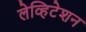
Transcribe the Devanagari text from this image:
लेव्हिटेशन